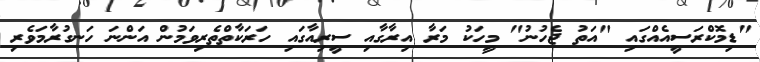
"ޑިމޮކްރަސީއެއްގައި "އަތު ޖެހުނު" މީހަކު މަރާ އިރާގާއި ސީރިއާގައި ހަރަކާތްތެރިވަމުން އަންނަ ހަނގުރާމަވެރި